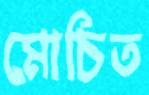
মোচিত